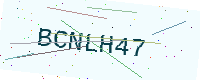
Text: BCNLH47